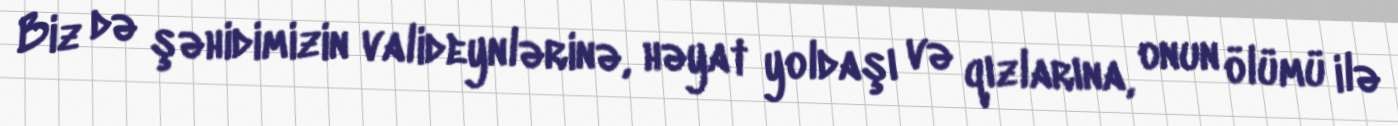
Biz də şəhidimizin valideynlərinə, həyat yoldaşı və qızlarına, onun ölümü ilə